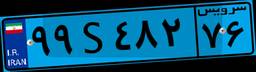
۹۹S۴۸۲۷۶